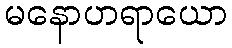
မနောဟရာယော